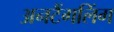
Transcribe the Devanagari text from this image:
अनटैंगलिंग